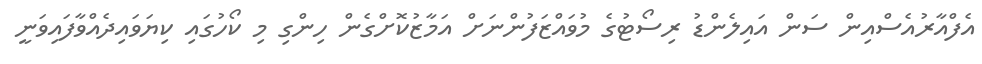
އެފްއާރުއެސްއިން ސަން އައިލެންޑު ރިސޯޓުގެ މުވައްޒަފުންނަށް އަމާޒުކޮށްގެން ހިންގި މި ކޯހުގައި ކިޔަވައިދެއްވާފައިވަނީ